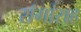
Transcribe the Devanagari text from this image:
रांगांसह